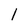
Character: l